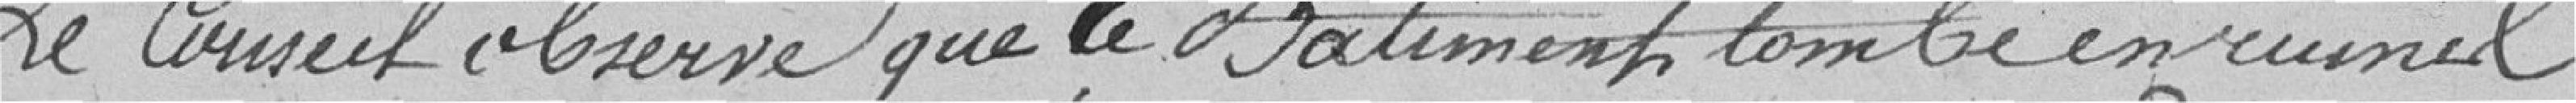
Le Conseil observe que le bâtiment tombe en ruines